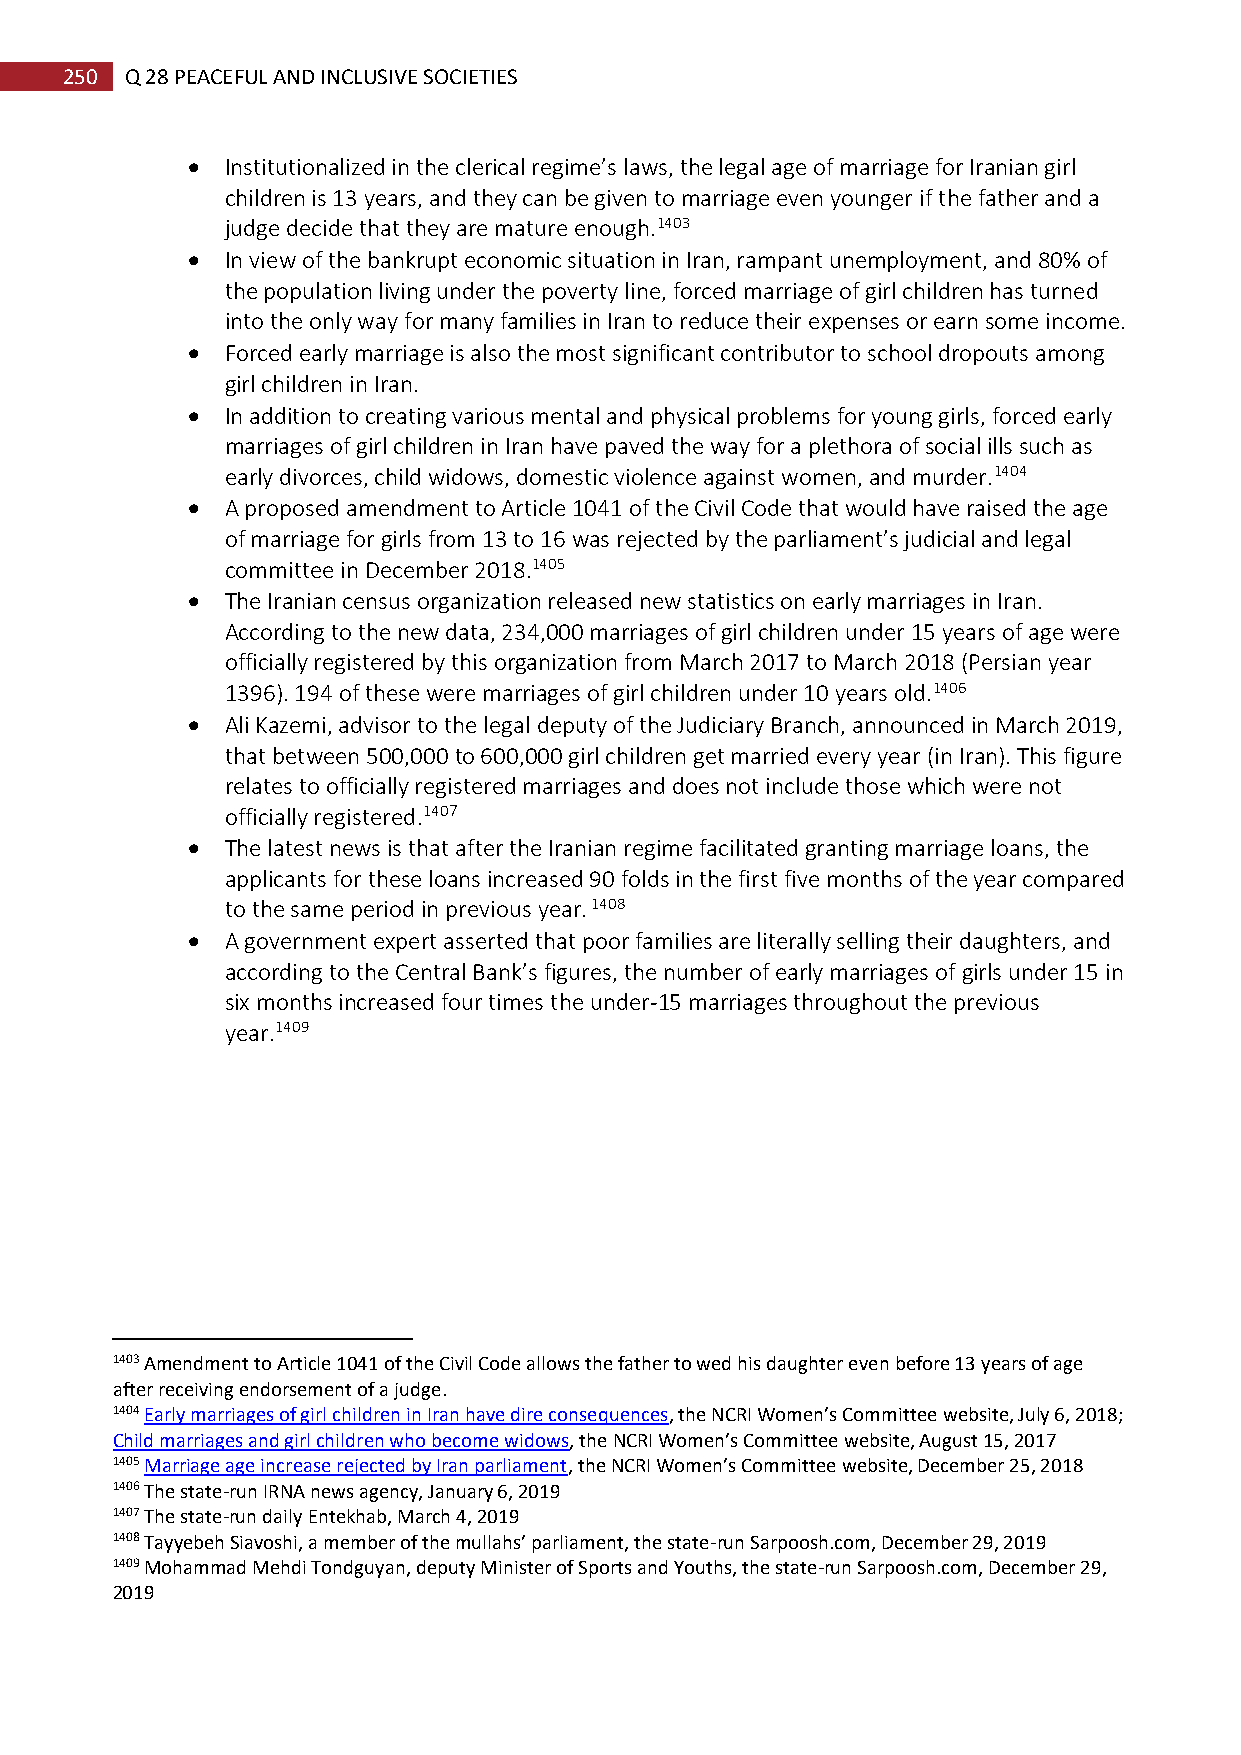
250 Q 28 PEACEFUL AND INCLUSIVE SOCIETIES
   Institutionalized in the clerical regime’s laws, the legal age of marriage for Iranian girl
 children is 13 years, and they can be given to marriage even younger if the father and a
 judge decide that they are mature enough.1403
   In view of the bankrupt economic situation in Iran, rampant unemployment, and 80% of
 the population living under the poverty line, forced marriage of girl children has turned
 into the only way for many families in Iran to reduce their expenses or earn some income.
   Forced early marriage is also the most significant contributor to school dropouts among
 girl children in Iran.
   In addition to creating various mental and physical problems for young girls, forced early
 marriages of girl children in Iran have paved the way for a plethora of social ills such as
 early divorces, child widows, domestic violence against women, and murder.1404
   A proposed amendment to Article 1041 of the Civil Code that would have raised the age
 of marriage for girls from 13 to 16 was rejected by the parliament’s judicial and legal
 committee in December 2018.1405
   The Iranian census organization released new statistics on early marriages in Iran.
 According to the new data, 234,000 marriages of girl children under 15 years of age were
 officially registered by this organization from March 2017 to March 2018 (Persian year
 1396). 194 of these were marriages of girl children under 10 years old.1406
   Ali Kazemi, advisor to the legal deputy of the Judiciary Branch, announced in March 2019,
 that between 500,000 to 600,000 girl children get married every year (in Iran). This figure
 relates to officially registered marriages and does not include those which were not
 officially registered.1407
   The latest news is that after the Iranian regime facilitated granting marriage loans, the
 applicants for these loans increased 90 folds in the first five months of the year compared
 to the same period in previous year. 1408
   A government expert asserted that poor families are literally selling their daughters, and
 according to the Central Bank’s figures, the number of early marriages of girls under 15 in
 six months increased four times the under-15 marriages throughout the previous
 year.1409
 1403 Amendment to Article 1041 of the Civil Code allows the father to wed his daughter even before 13 years of age
 after receiving endorsement of a judge.
 1404 Early marriages of girl children in Iran have dire consequences, the NCRI Women’s Committee website, July 6, 2018;
 Child marriages and girl children who become widows, the NCRI Women’s Committee website, August 15, 2017
 1405 Marriage age increase rejected by Iran parliament, the NCRI Women’s Committee website, December 25, 2018
 1406 The state-run IRNA news agency, January 6, 2019
 1407 The state-run daily Entekhab, March 4, 2019
 1408 Tayyebeh Siavoshi, a member of the mullahs’ parliament, the state-run Sarpoosh.com, December 29, 2019
 1409 Mohammad Mehdi Tondguyan, deputy Minister of Sports and Youths, the state-run Sarpoosh.com, December 29,
 2019